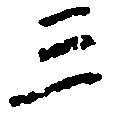
三